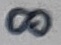
Text: 8